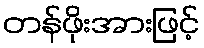
တန်ဖိုးအားဖြင့်